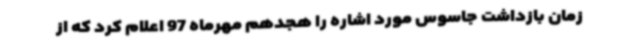
زمان بازداشت جاسوس مورد اشاره را هجدهم مهرماه 97 اعلام کرد که از